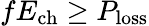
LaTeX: fE_{\mathrm{{ch}}}\geq P_{\mathrm{{loss}}}